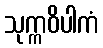
သုက္ကဝိပါကံ